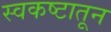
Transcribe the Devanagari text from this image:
स्वकष्टातून